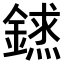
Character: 𨫨